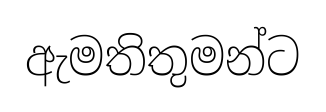
ඇමතිතුමන්ට